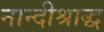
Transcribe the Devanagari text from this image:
नान्दीश्राद्ध